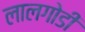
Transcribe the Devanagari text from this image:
लालगोडी